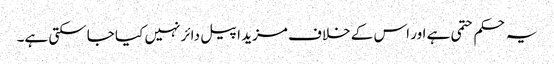
یہ حکم حتمی ہے اور اس کے خلاف مزید اپیل دائر نہیں کیا جاسکتی ہے۔